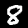
Digit: 8